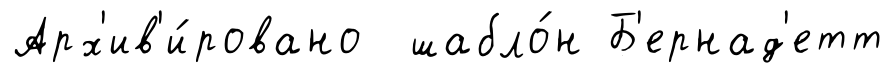
Арх'ив'и́ровано шабло́н Б'ернад'етт